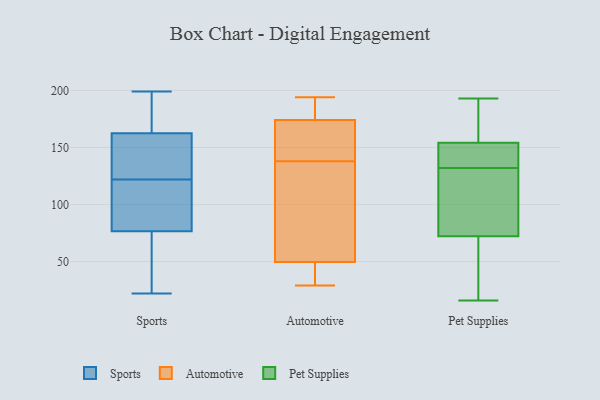
{"axis": {"x": "Page Views", "y": "Value"}, "legend": ["Automotive", "Pet Supplies", "Sports"], "data": [{"x": "", "y": 199, "type": "Sports"}, {"x": "", "y": 125, "type": "Sports"}, {"x": "", "y": 69, "type": "Sports"}, {"x": "", "y": 175, "type": "Sports"}, {"x": "", "y": 163, "type": "Sports"}, {"x": "", "y": 139, "type": "Sports"}, {"x": "", "y": 158, "type": "Sports"}, {"x": "", "y": 27, "type": "Sports"}, {"x": "", "y": 40, "type": "Sports"}, {"x": "", "y": 119, "type": "Sports"}, {"x": "", "y": 105, "type": "Sports"}, {"x": "", "y": 84, "type": "Sports"}, {"x": "", "y": 162, "type": "Sports"}, {"x": "", "y": 107, "type": "Sports"}, {"x": "", "y": 196, "type": "Sports"}, {"x": "", "y": 22, "type": "Sports"}, {"x": "", "y": 174, "type": "Automotive"}, {"x": "", "y": 160, "type": "Automotive"}, {"x": "", "y": 160, "type": "Automotive"}, {"x": "", "y": 174, "type": "Automotive"}, {"x": "", "y": 194, "type": "Automotive"}, {"x": "", "y": 32, "type": "Automotive"}, {"x": "", "y": 128, "type": "Automotive"}, {"x": "", "y": 43, "type": "Automotive"}, {"x": "", "y": 29, "type": "Automotive"}, {"x": "", "y": 138, "type": "Automotive"}, {"x": "", "y": 189, "type": "Automotive"}, {"x": "", "y": 136, "type": "Automotive"}, {"x": "", "y": 52, "type": "Automotive"}, {"x": "", "y": 16, "type": "Pet Supplies"}, {"x": "", "y": 28, "type": "Pet Supplies"}, {"x": "", "y": 50, "type": "Pet Supplies"}, {"x": "", "y": 131, "type": "Pet Supplies"}, {"x": "", "y": 193, "type": "Pet Supplies"}, {"x": "", "y": 64, "type": "Pet Supplies"}, {"x": "", "y": 152, "type": "Pet Supplies"}, {"x": "", "y": 139, "type": "Pet Supplies"}, {"x": "", "y": 177, "type": "Pet Supplies"}, {"x": "", "y": 179, "type": "Pet Supplies"}, {"x": "", "y": 75, "type": "Pet Supplies"}, {"x": "", "y": 158, "type": "Pet Supplies"}, {"x": "", "y": 96, "type": "Pet Supplies"}, {"x": "", "y": 153, "type": "Pet Supplies"}, {"x": "", "y": 134, "type": "Pet Supplies"}, {"x": "", "y": 127, "type": "Pet Supplies"}, {"x": "", "y": 132, "type": "Pet Supplies"}]}